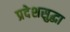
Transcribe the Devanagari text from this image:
प्रदेशसुद्धा